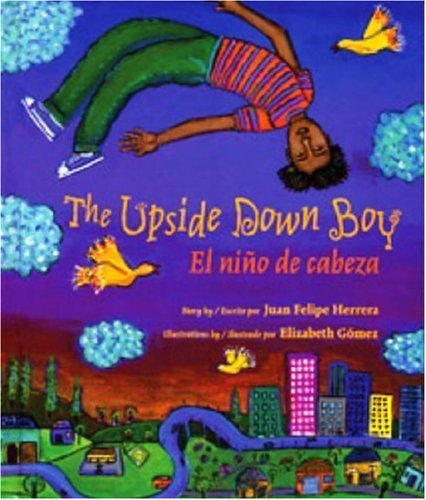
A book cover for The Upside Down Boy: El niÃ±o de cabeza; Juan Herrera; Children's Books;